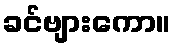
ခင်ဗျားကော။